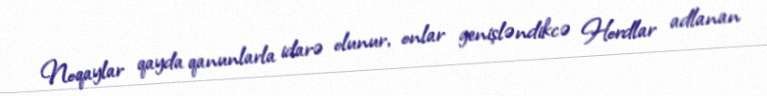
Noqaylar qayda qanunlarla idarə olunur, onlar genişləndikcə Hordlar adlanan